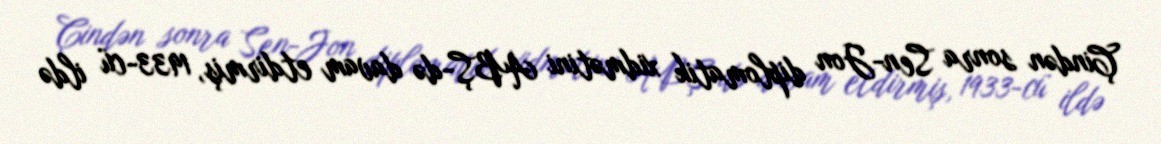
Çindən sonra Sen-Jon diplomatik xidmətini ABŞ-də davam etdirmiş, 1933-cü ildə